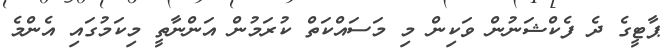
ޕާޓީގެ ދެ ފެކްޝަނުން ވަކިން މި މަސައްކަތް ކުރަމުން އަންނާތީ މިކަމުގައި އެންމެ